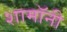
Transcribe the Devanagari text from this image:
शामॉनी